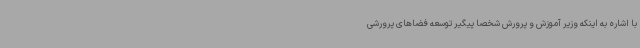
با اشاره به اینکه وزیر آموزش و پرورش شخصا پیگیر توسعه فضاهای پرورشی